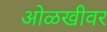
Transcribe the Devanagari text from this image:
ओळखीवर